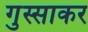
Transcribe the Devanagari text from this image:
गुस्साकर